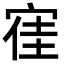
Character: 𡨱